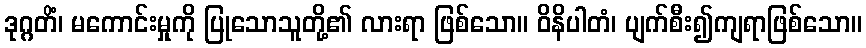
ဒုဂ္ဂတိံ၊ မကောင်းမှုကို ပြုသောသူတို့၏ လားရာ ဖြစ်သော။ ဝိနိပါတံ၊ ပျက်စီး၍ကျရာဖြစ်သော။